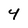
Character: 4